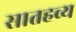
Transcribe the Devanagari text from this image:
सातहव्य